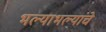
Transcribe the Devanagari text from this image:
भल्याभल्यांचे